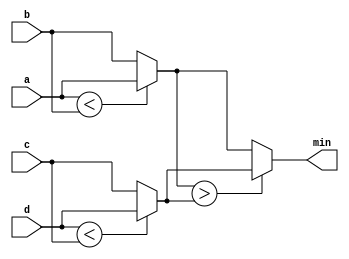
module top_module (
    input [7:0] a, b, c, d,
    output [7:0] min);//

    wire [7:0] mval1, mval2;
    assign mval1 = a < b ? a: b;
    assign mval2 = d < c ? d: c;
    assign min = mval1 > mval2 ? mval2 : mval1;
    // assign intermediate_result1 = compare? true: false;

endmodule